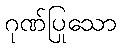
ဂုဏ်ပြုသော